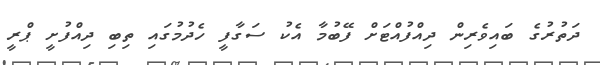
ދަތުރުގެ ބައިވެރިން ދިއްފުއްޓަށް ފޭބުމާ އެކު ސަގާފީ ހެދުމުގައި ތިބި ދިއްފުށީ ޕްރީ